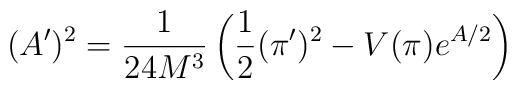
(A')^2=\frac{1}{24M^3}\left(\frac{1}{2}(\pi')^2-V(\pi)e^{A/2}\right)